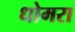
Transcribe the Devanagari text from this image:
धोमरा